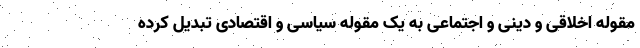
مقوله اخلاقی و دینی و اجتماعی به یک مقوله سیاسی و اقتصادی تبدیل کرده